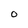
Character: O